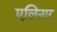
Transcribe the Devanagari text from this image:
एलिनार